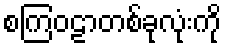
စကြဝဠာတစ်ခုလုံးကို